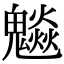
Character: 𩴩